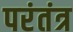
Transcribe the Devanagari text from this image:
परंतंत्र